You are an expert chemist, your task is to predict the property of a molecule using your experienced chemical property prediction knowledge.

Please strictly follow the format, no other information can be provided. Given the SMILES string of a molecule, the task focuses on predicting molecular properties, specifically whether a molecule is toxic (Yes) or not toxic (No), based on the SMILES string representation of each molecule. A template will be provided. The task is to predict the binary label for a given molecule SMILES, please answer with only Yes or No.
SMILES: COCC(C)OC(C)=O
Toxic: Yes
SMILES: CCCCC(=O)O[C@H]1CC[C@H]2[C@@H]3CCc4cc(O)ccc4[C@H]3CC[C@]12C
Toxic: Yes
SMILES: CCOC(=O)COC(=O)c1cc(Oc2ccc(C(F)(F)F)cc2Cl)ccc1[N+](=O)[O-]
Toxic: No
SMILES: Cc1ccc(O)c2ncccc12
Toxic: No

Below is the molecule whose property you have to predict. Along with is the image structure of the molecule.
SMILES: Nc1c(Cl)cc(Cl)cc1Cl
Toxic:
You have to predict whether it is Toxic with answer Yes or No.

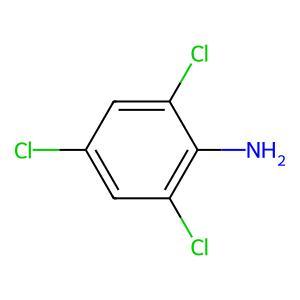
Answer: No